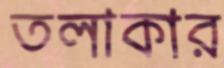
তলাকার